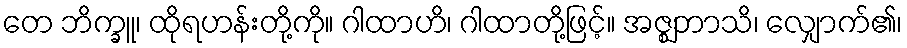
တေ ဘိက္ခူ၊ ထိုရဟန်းတို့ကို။ ဂါထာဟိ၊ ဂါထာတို့ဖြင့်။ အဇ္ဈဘာသိ၊ လျှောက်၏၊